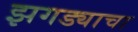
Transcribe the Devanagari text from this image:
झगड्याचा